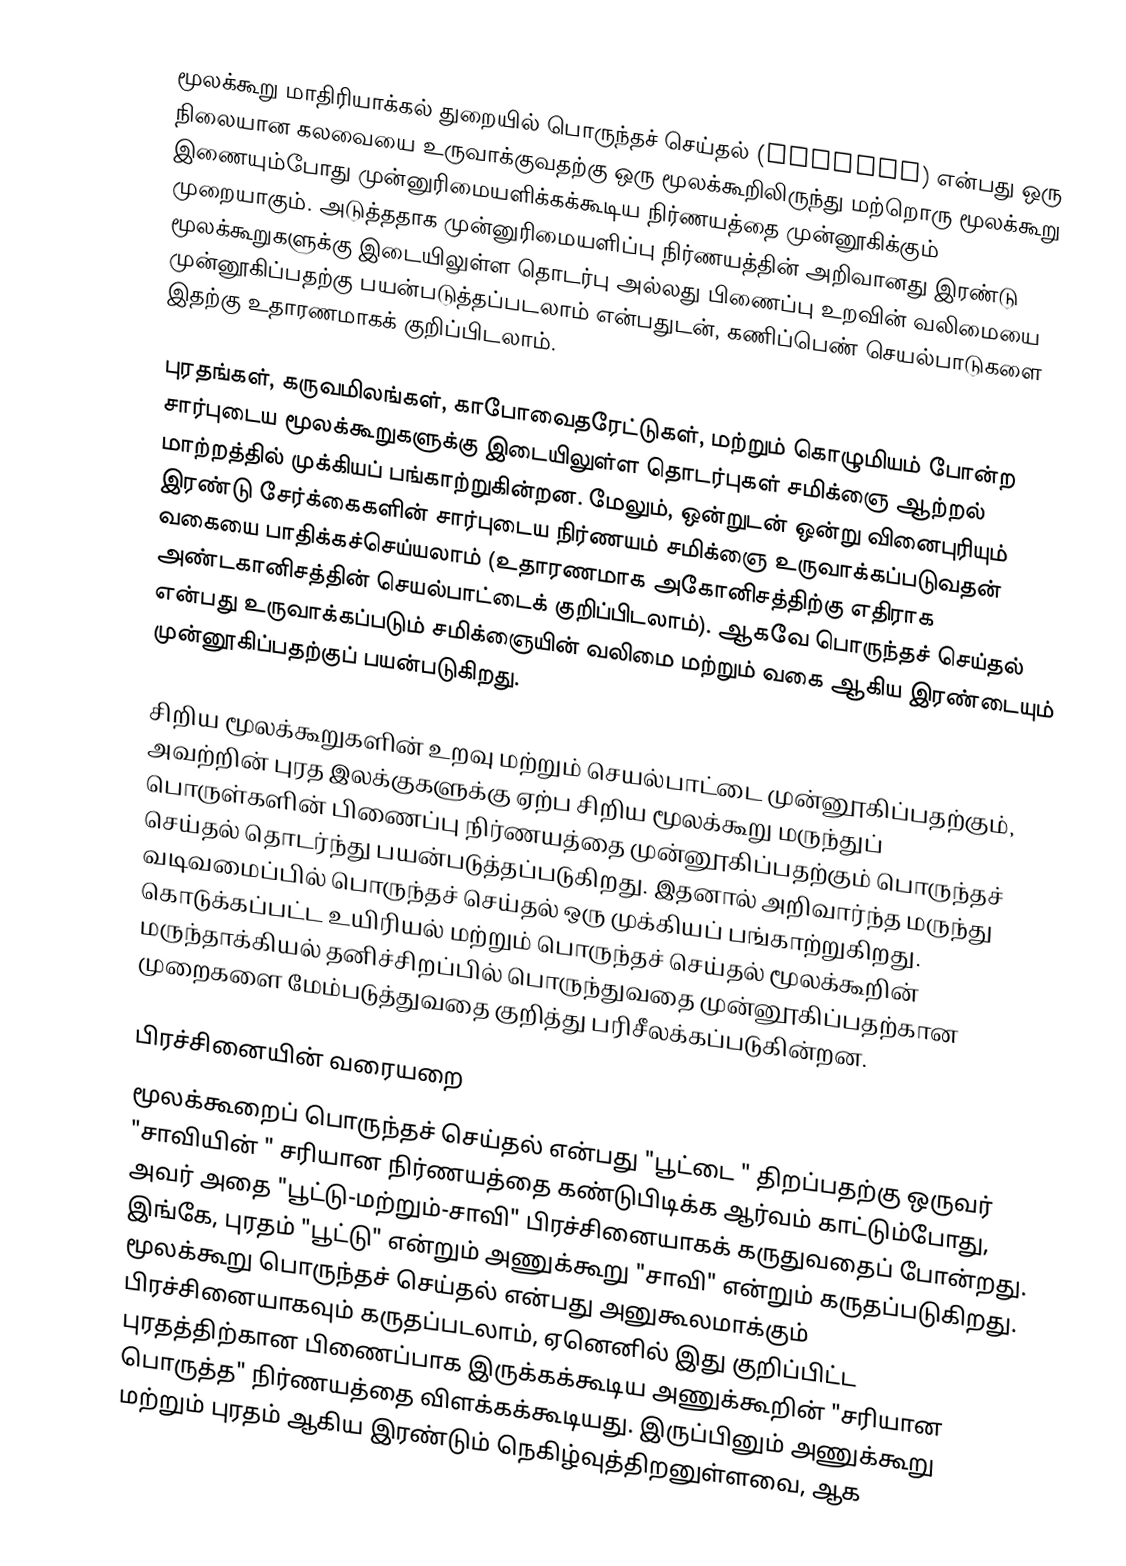
மூலக்கூறு மாதிரியாக்கல் துறையில் பொருந்தச் செய்தல் (docking) என்பது ஒரு நிலையான கலவையை உருவாக்குவதற்கு ஒரு மூலக்கூறிலிருந்து மற்றொரு மூலக்கூறு இணையும்போது முன்னுரிமையளிக்கக்கூடிய நிர்ணயத்தை முன்னூகிக்கும் முறையாகும். அடுத்ததாக முன்னுரிமையளிப்பு நிர்ணயத்தின் அறிவானது இரண்டு மூலக்கூறுகளுக்கு இடையிலுள்ள தொடர்பு அல்லது பிணைப்பு உறவின் வலிமையை முன்னூகிப்பதற்கு பயன்படுத்தப்படலாம் என்பதுடன், கணிப்பெண் செயல்பாடுகளை இதற்கு உதாரணமாகக் குறிப்பிடலாம்.

புரதங்கள், கருவமிலங்கள், காபோவைதரேட்டுகள், மற்றும் கொழுமியம் போன்ற சார்புடைய மூலக்கூறுகளுக்கு இடையிலுள்ள தொடர்புகள் சமிக்ஞை ஆற்றல் மாற்றத்தில் முக்கியப் பங்காற்றுகின்றன. மேலும், ஒன்றுடன் ஒன்று வினைபுரியும் இரண்டு சேர்க்கைகளின் சார்புடைய நிர்ணயம் சமிக்ஞை உருவாக்கப்படுவதன் வகையை பாதிக்கச்செய்யலாம் (உதாரணமாக அகோனிசத்திற்கு எதிராக அண்டகானிசத்தின் செயல்பாட்டைக் குறிப்பிடலாம்). ஆகவே பொருந்தச் செய்தல் என்பது உருவாக்கப்படும் சமிக்ஞையின் வலிமை மற்றும் வகை ஆகிய இரண்டையும் முன்னூகிப்பதற்குப் பயன்படுகிறது.

சிறிய மூலக்கூறுகளின் உறவு மற்றும் செயல்பாட்டை முன்னூகிப்பதற்கும், அவற்றின் புரத இலக்குகளுக்கு ஏற்ப சிறிய மூலக்கூறு மருந்துப் பொருள்களின் பிணைப்பு நிர்ணயத்தை முன்னூகிப்பதற்கும் பொருந்தச் செய்தல் தொடர்ந்து பயன்படுத்தப்படுகிறது. இதனால் அறிவார்ந்த மருந்து வடிவமைப்பில் பொருந்தச் செய்தல் ஒரு முக்கியப் பங்காற்றுகிறது. கொடுக்கப்பட்ட உயிரியல் மற்றும் பொருந்தச் செய்தல் மூலக்கூறின் மருந்தாக்கியல் தனிச்சிறப்பில் பொருந்துவதை முன்னூகிப்பதற்கான முறைகளை மேம்படுத்துவதை குறித்து பரிசீலக்கப்படுகின்றன.

பிரச்சினையின் வரையறை
மூலக்கூறைப் பொருந்தச் செய்தல் என்பது "பூட்டை " திறப்பதற்கு ஒருவர் "சாவியின் " சரியான நிர்ணயத்தை கண்டுபிடிக்க ஆர்வம் காட்டும்போது, அவர் அதை "பூட்டு-மற்றும்-சாவி" பிரச்சினையாகக் கருதுவதைப் போன்றது. இங்கே, புரதம் "பூட்டு" என்றும் அணுக்கூறு "சாவி" என்றும் கருதப்படுகிறது. மூலக்கூறு பொருந்தச் செய்தல் என்பது அனுகூலமாக்கும் பிரச்சினையாகவும் கருதப்படலாம், ஏனெனில் இது குறிப்பிட்ட புரதத்திற்கான பிணைப்பாக இருக்கக்கூடிய அணுக்கூறின் "சரியான பொருத்த" நிர்ணயத்தை விளக்கக்கூடியது. இருப்பினும் அணுக்கூறு மற்றும் புரதம் ஆகிய இரண்டும் நெகிழ்வுத்திறனுள்ளவை, ஆக